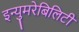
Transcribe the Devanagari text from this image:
इन्युमरेबिलिटी